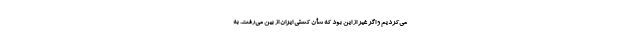
می‌کردیم و اگر غیر از این بود که شأن کشتی ایران از بین می‌رفت. به